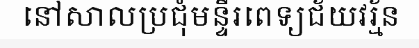
នៅសាលប្រជុំមន្ទីរពេទ្យជ័យវរ្ម័ន